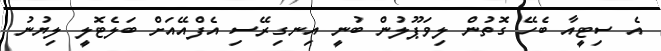
އެ ސިޓީއާ ބެހޭ ގޮތުން ލިވަޕޫލުން ބުނީ އިނގިރޭސި އެފްއޭއަށް ބަލެޓޮލީ ލިޔުނު